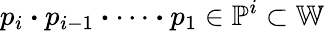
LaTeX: p_{i}\boldsymbol{\cdot}p_{i-1}\boldsymbol{\cdot}\dots\boldsymbol{\cdot}p_{1}\in\mathbb{P}^{i}\subset\mathbb{W}